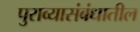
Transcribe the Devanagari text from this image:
पुराव्यासंबंधातील